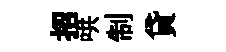
招哄制貸